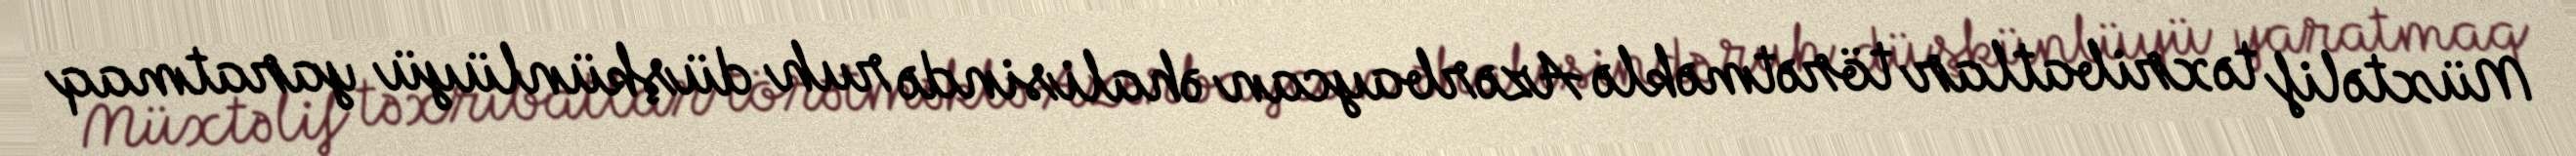
Müxtəlif təxribatlar törətməklə Azərbaycan əhalisində ruh düşkünlüyü yaratmaq